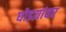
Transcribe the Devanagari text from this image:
घोडय़ांवर